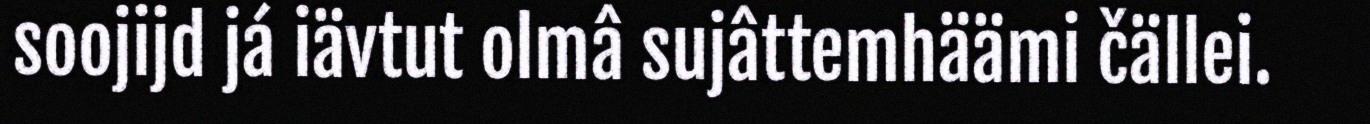
soojijd já iävtut olmâ sujâttemhäämi čällei.